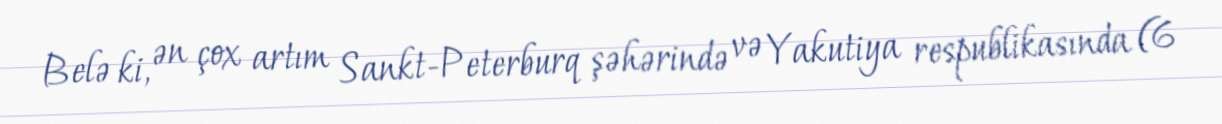
Belə ki, ən çox artım Sankt-Peterburq şəhərində və Yakutiya respublikasında (6